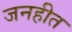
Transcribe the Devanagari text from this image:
जनहीत